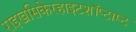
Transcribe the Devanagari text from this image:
राइखसिकेरहाइटशॉप्टाम्ट